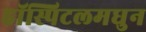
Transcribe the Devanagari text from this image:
हॉस्पिटलमधुन